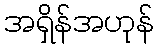
အရှိန်အဟုန်